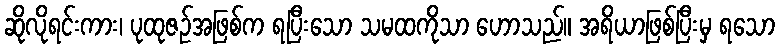
ဆိုလိုရင်းကား၊ ပုထုဇဉ်အဖြစ်က ရပြီးသော သမထကိုသာ ဟောသည်။ အရိယာဖြစ်ပြီးမှ ရသော